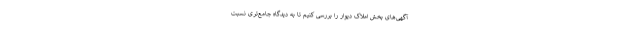
آگهی‌های بخش املاک دیوار را بررسی کنیم تا به دیدگاه جامع‌تری نسبت